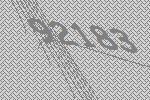
92183